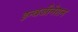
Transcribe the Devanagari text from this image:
इन्वजीनेशन